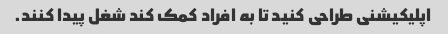
اپلیکیشنی طراحی کنید تا به افراد کمک کند شغل پیدا کنند.